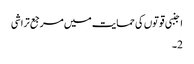
اجنبی قوتوں کی حمایت میں مرجع تراشی
2۔